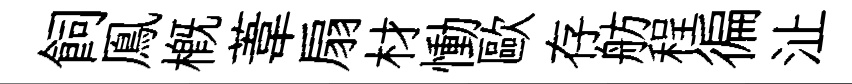
飼鳯槪葦扇材慟歐存舫程徧沚